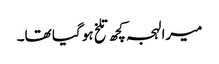
میرا لہجہ کچھ تلخ ہو گیا تھا۔